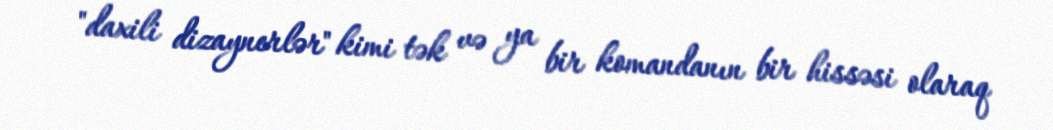
"daxili dizaynerlər" kimi tək və ya bir komandanın bir hissəsi olaraq